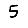
Digit: 5